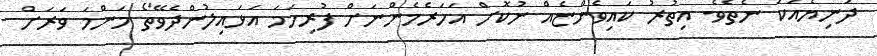
ދުނިޔެއަކު ނެތެވެ. އިތުރު ކައިވެންޏެއް ނުކޮށް އަހަރެމެންނަށް ފުރިހަމަ އަޅައިލުންދެވޭތޯ މަންމަ ވަރަށް